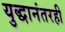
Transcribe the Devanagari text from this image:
युद्धानंतरही